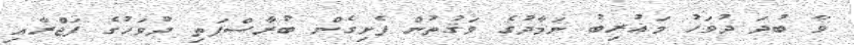
ވާ ބުދަ ދުވަހު މަޣުރިބު ނަމާދުގެ ވަޤުތުން ފެށިގެން ބުރާސްފަތި ދުވަހުގެ ފަޖްރާއި